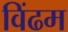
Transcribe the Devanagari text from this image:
विंढम